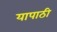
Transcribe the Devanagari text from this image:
यापाठी